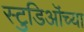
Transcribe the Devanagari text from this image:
स्टुडिऒंच्या